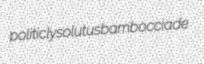
politicly solutus bambocciade